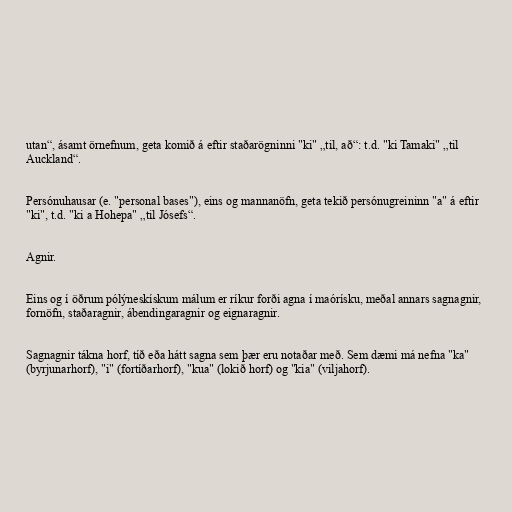
utan“, ásamt örnefnum, geta komið á eftir staðarögninni "ki" „til, að“: t.d. "ki Tamaki" „til
Auckland“.

Persónuhausar (e. "personal bases"), eins og mannanöfn, geta tekið persónugreininn "a" á eftir
"ki", t.d. "ki a Hohepa" „til Jósefs“.

Agnir.

Eins og í öðrum pólýneskískum málum er ríkur forði agna í maórísku, meðal annars sagnagnir,
fornöfn, staðaragnir, ábendingaragnir og eignaragnir.

Sagnagnir tákna horf, tíð eða hátt sagna sem þær eru notaðar með. Sem dæmi má nefna "ka"
(byrjunarhorf), "i" (fortíðarhorf), "kua" (lokið horf) og "kia" (viljahorf).